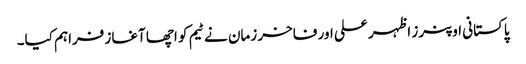
پاکستانی اوپنرز اظہر علی اور فاخر زمان نے ٹیم کو اچھا آغاز فراہم کیا۔